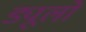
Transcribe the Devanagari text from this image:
ड्यूलों